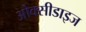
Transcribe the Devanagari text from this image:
ओक्सीडाइज